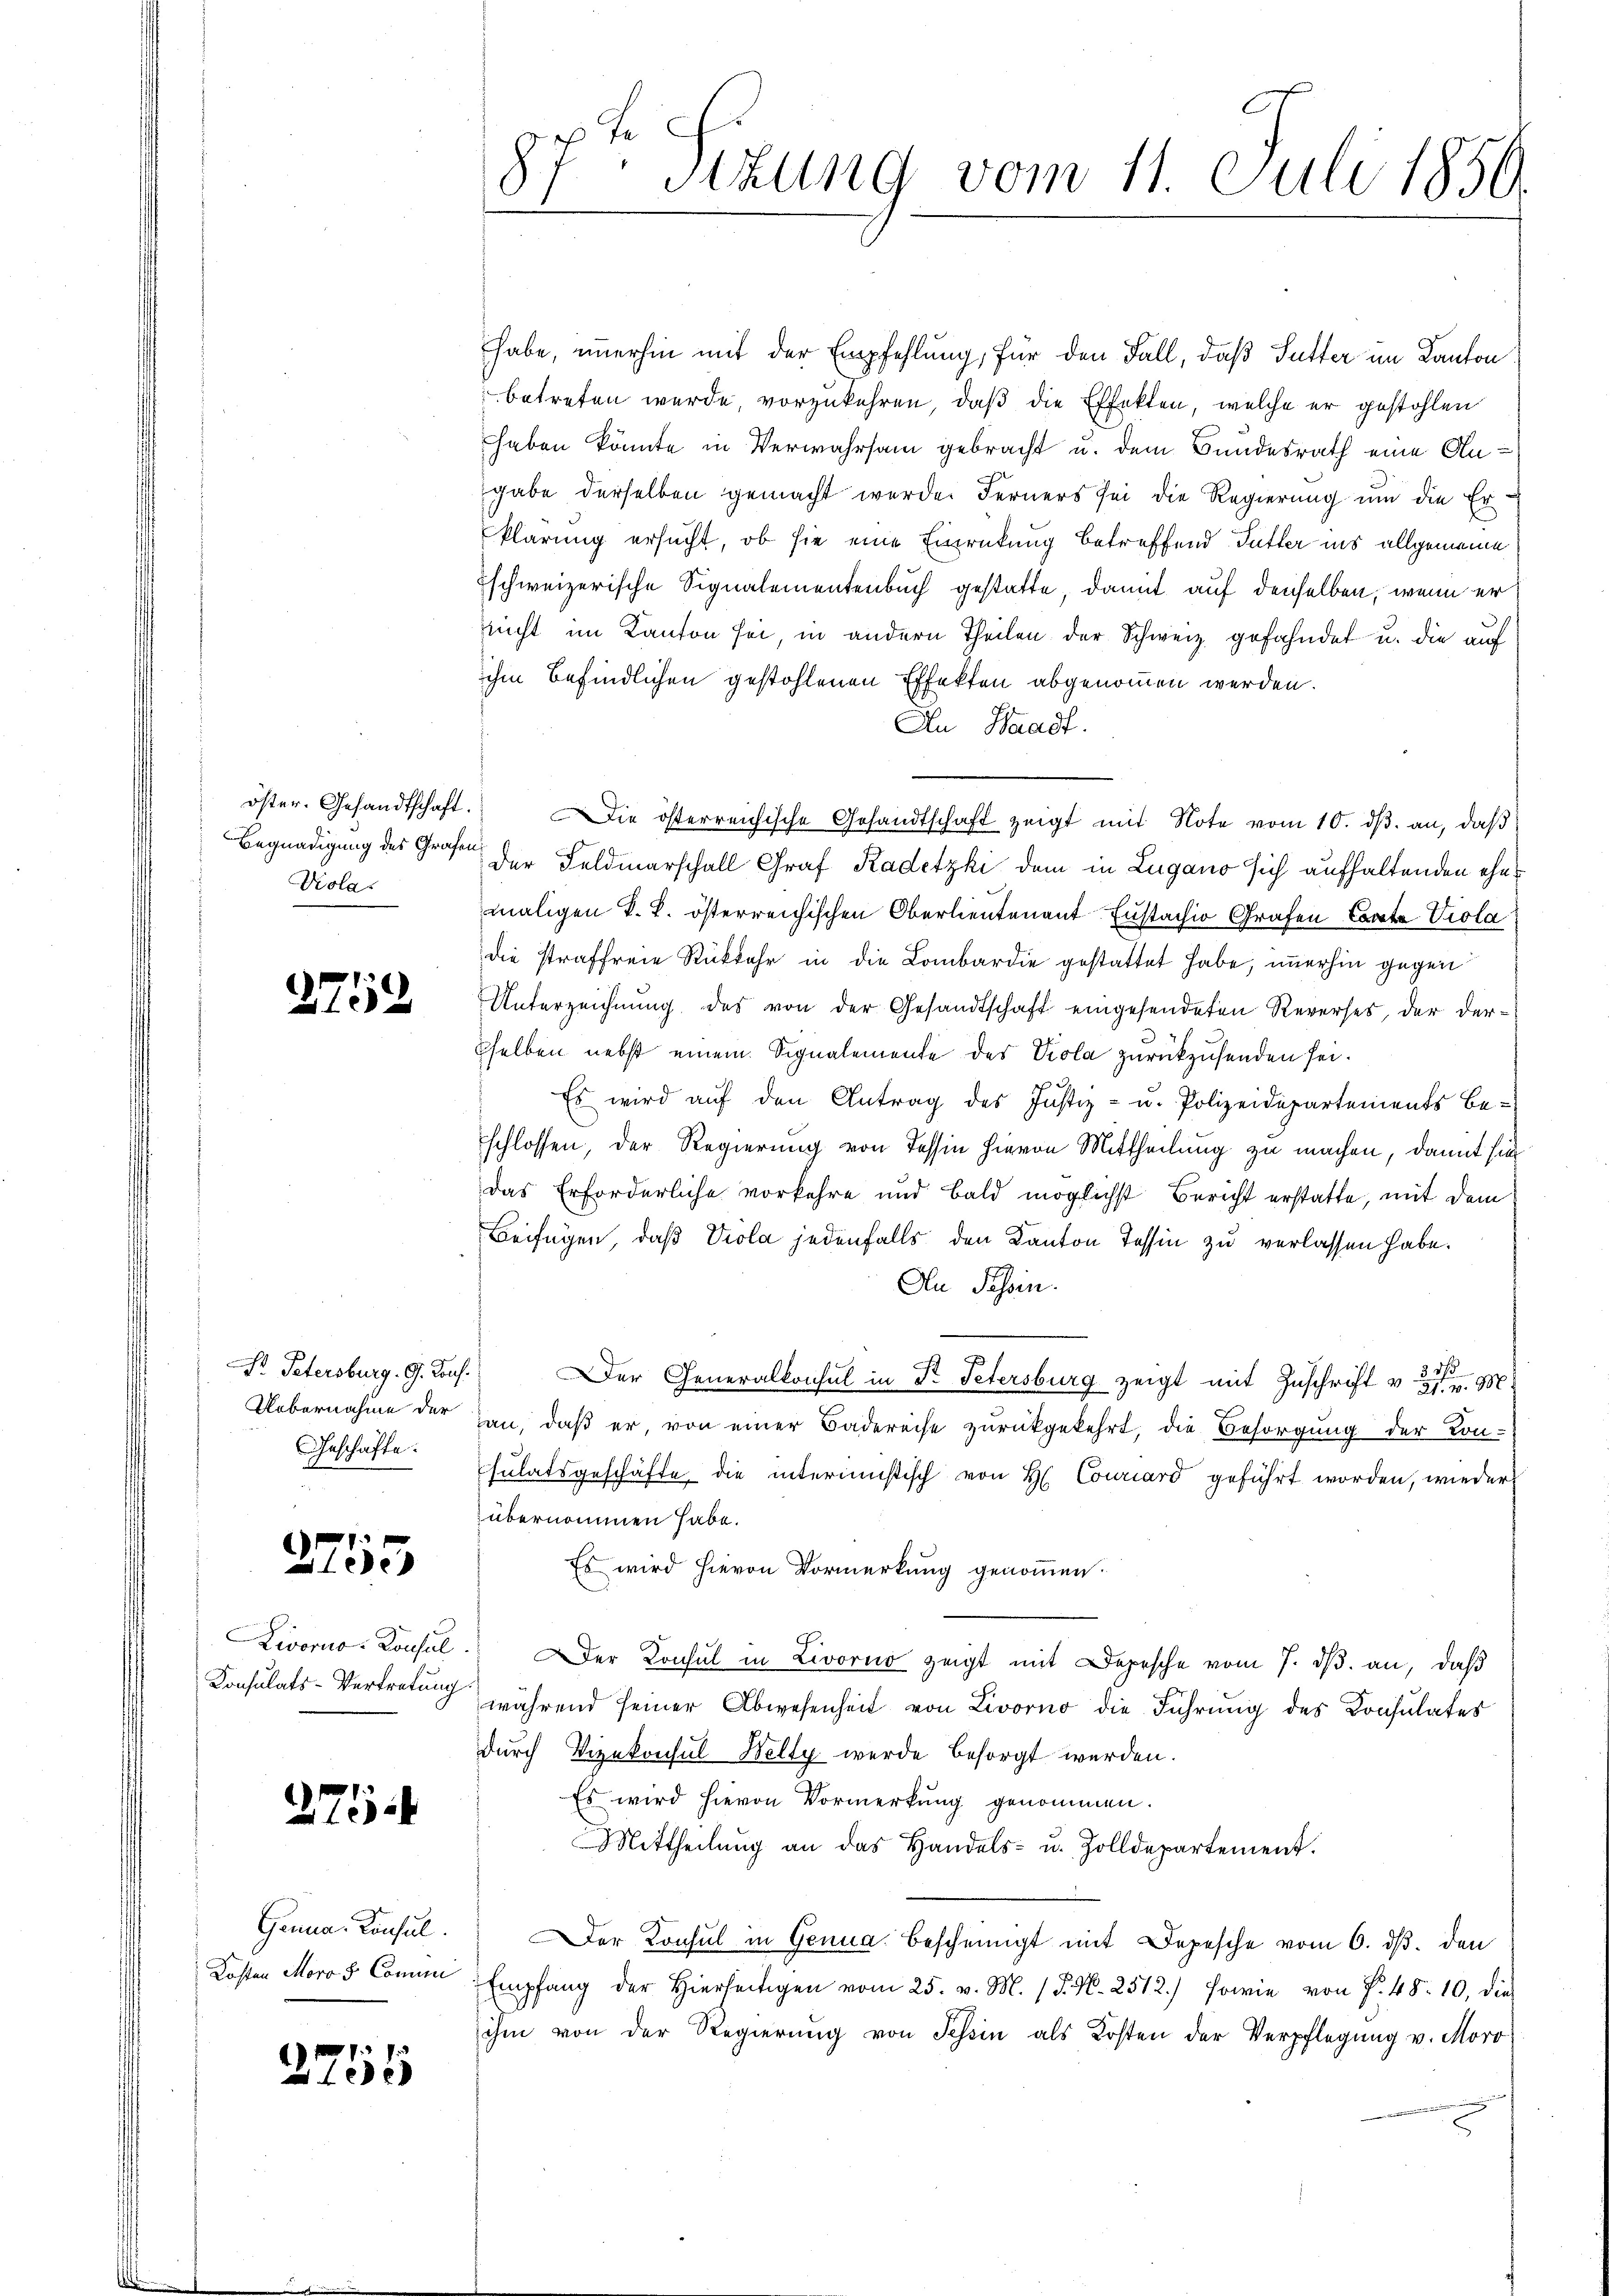
Begnadigung des Grafen
Viola.

2759

Pr. Petersburg. G. Bonf.
Uebernahme der
Geschäfte.

2755

Konsulats-Vertretung

225

Ganna, Konsul
Kosten Moro s. Commi

2255

E
87. Sitzung vom 11. Juli 1850.

habe, immerhin mit der Empfehlung, für den Fall, daß Sutter im Kanton
betreten wurde, vorzukehren, daß die Effekten, welche er gestohlen
haben könnte in Verwahrsam gebracht u. dem Bundesrath eine Angabe derselben gemacht werden Ferners sei die Regierung und die Erklärung ersucht, ob sie eine Einrückung betreffend Futter ins allgemeine
schweizerische Signalementenbuch gestatte, damit auf denselben, wenn er
nicht im Kanton sei, in andern Theilen der Schweiz gefahndet u. die auf
ihm befindlichen gestohlenen Effekten abgenommen werden.
An Waadt.
öster. Gesandtschaft. Die österreichische Gesandtschaft zeigt mit Note vom 10. dβ. an, daβ
der Feldmarschall Graf Kadetzki dem in Lugano sich aufhaltenden ehemaligen k. k. österreichischen Oberlieutenant Eustachio Grafen Conte Viola
die straffreie Rückkehr in die Lombardie gestattet habe, immerhin gegen
Unterzeichnŭng des von der Gesandtschaft eingesendeten Reverses, der dersselben nebst einem Signalemente des Kola zurückzusenden sei.
17
Es wird aŭf den Antrag des Justiz- u. Polizeidepartements be-
schlossen, der Regierung von Tessin hievon Mittheilung zu machen, damit hie
das Erforderliche vorkehre und bald möglichst Bericht erstatte, mit dem
Beifügen, daß Viola jedenfalls den Kanton Tessin zu verlassen habe.
An Passin.
Der Generalkonsul in Dr. Petersburg zeigt mit Zuschrift v. M
an, daß er, von einer Badereise zurückgekehrt, die Besorgung der Kon-
sulatsgeschäfte die intermistisch von H. Courcard geführt worden, wieder
übernommen habe.
Es wird hievon Vormerkung genommen:
Livorno. Konsŭl. Der Konsul in Livorno zeigt mit Depesche vom 7. dβ an, daß
während seiner Abwesenheit von Livorno die Führung des Konsulates
durch Vizekonsul Welty werde besorgt werden.
Es wird hievon Vormerkung genommen.
Mittheilŭng an das Handels- u. Zolldepartement.
er Konsul in Genua bescheinigt mit Depesche vom 6. dβ. den
Empfang der hierseitigen vom 25. v. M. P. N. 2512.) sowie von P. 48. 10, die
ihm von der Regierung von Tessin als Kosten der Verpflegung v. Moro